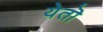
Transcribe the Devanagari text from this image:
येतॊ